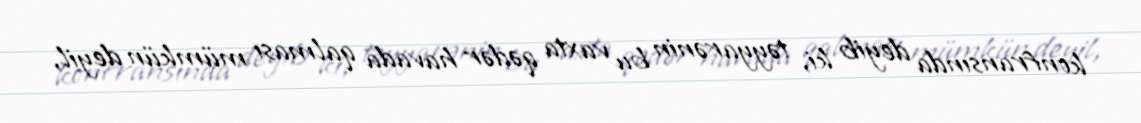
konfransında deyib ki, təyyarənin bu vaxta qədər havada qalması mümkün deyil,